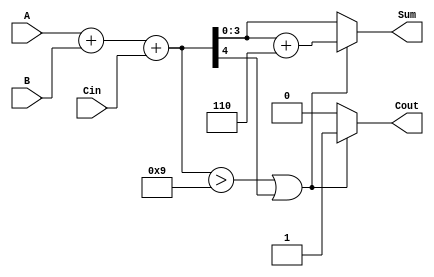
module BCD_Conditional_Adder (
    input  [3:0] A,        // First BCD digit (0-9)
    input  [3:0] B,        // Second BCD digit (0-9)
    input        Cin,       // Carry-in
    output reg [3:0] Sum,   // BCD sum output
    output reg Cout         // Carry-out
);

    wire [4:0] Temp_Sum;    // Temporary sum (5 bits to accommodate carry)
    wire correction_needed;   // Indicates if correction is needed

    // Step 1: Perform binary addition
    assign Temp_Sum = A + B + Cin;

    // Step 2: Determine if correction is needed
    assign correction_needed = (Temp_Sum > 9) || Temp_Sum[4];

    // Step 3: Compute the final BCD sum and carry-out
    always @(*) begin
        if (correction_needed) begin
            Sum = Temp_Sum[3:0] + 4'b0110; // Add 6 to correct
            Cout = 1;                       // Set carry-out
        end else begin
            Sum = Temp_Sum[3:0];            // No correction needed
            Cout = 0;                       // No carry-out
        end
    end

endmodule